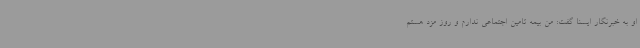
او به خبرنگار ایسنا گفت: من بیمه تامین اجتماعی ندارم و روز مزد هستم